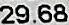
29.68